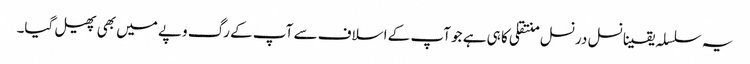
یہ سلسلہ یقینا نسل درنسل منتقلی کا ہی ہے جو آپ کے اسلاف سے آپ کے رگ وپے میں بھی پھیل گیا۔